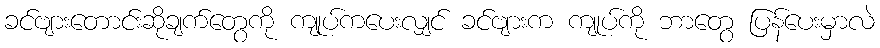
ခင်ဗျားတောင်းဆိုချက်တွေကို ကျုပ်ကပေးလျှင် ခင်ဗျားက ကျုပ်ကို ဘာတွေ ပြန်ပေးမှာလဲ